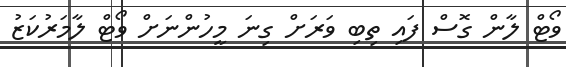
ވޯޓް ލާން ގޮސް ފައި ތިބި ވަރަށް ގިނަ މީހުންނަށް ވޯޓް ލާމަރުކަޒު